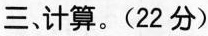
三、计算。(22分)